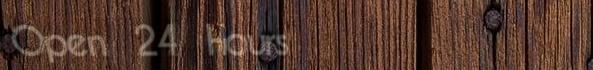
Open 24 Hours